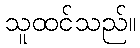
သူထင်သည်။